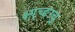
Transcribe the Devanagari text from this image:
क्ष्ग़्च्ङग्र्च्र्